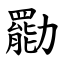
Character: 㔥